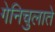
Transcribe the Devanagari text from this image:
गेनिचुलाते